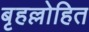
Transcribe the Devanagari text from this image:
बृहल्लोहित